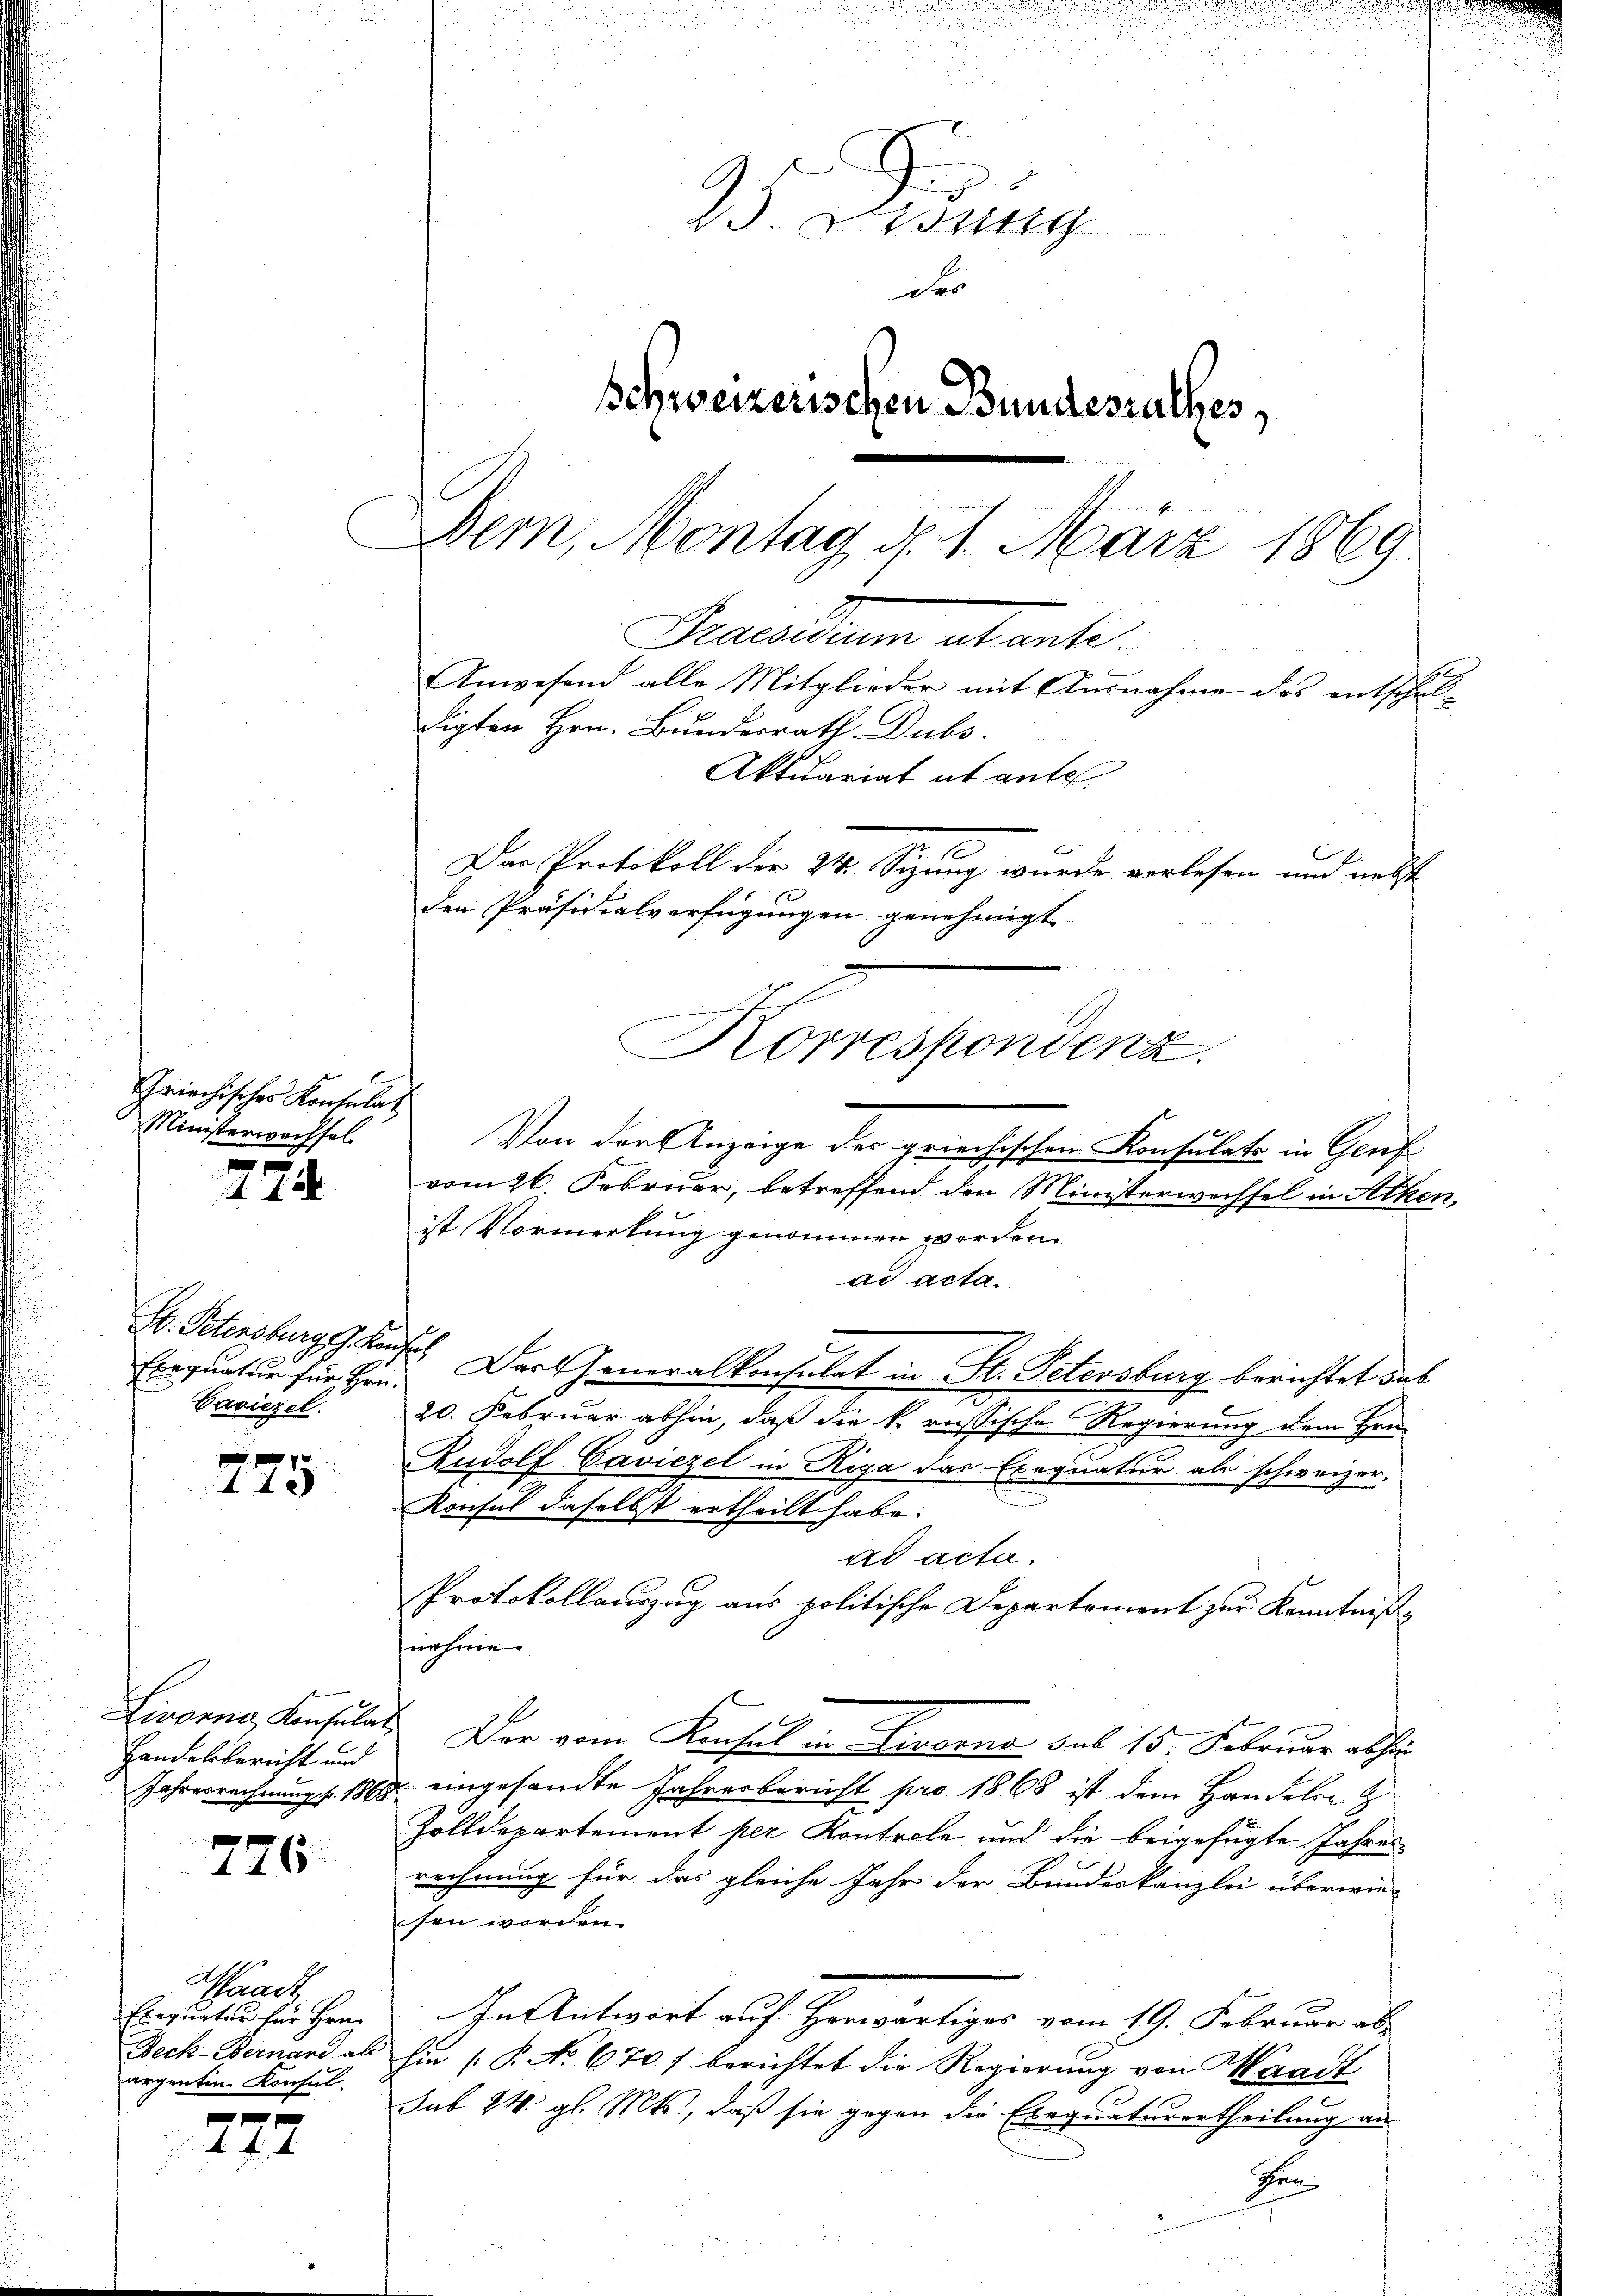
Griechisches Konsulat
Ministerwechsel

274

Exequatur für Hrn.
Caviezel.

445

Handelsbericht und

776.

Waadt
Exequaten für Hrn.
Deck-Bernard als
argentin Konsul

1 f 4

23. Bring
des
Schweizerischen Bundesrathes,
Bern, Montag d. 1. März 1869
Praesiduum abante
Anwesend alle Mitglieder mit Ausnahme des entschuldigten Hrn. Bundesrath Dubs.
Aktuariat et ante.
Der Protokoll der 24. Sizung wurde vorlesen und nebst
den Präsidialverfügungen genehmigt.
Korrespondenz

u

Von der Anzeige der griechischen Konsulat in Genf
vom 26. Februar, betreffend den Ministerwechsel in Athen,
ist Vormerkung genommen worden.
ad acta.
E. Petersburgs Konses Darf Generalkonsulat in St. Petersburg berichtet das
20. Februar abhin, daß die k. russische Regierung dem Hrn.
Rudolf Caviezel in Riga das Exequatur als schweizer.
Konsul daselbst ertheilt habe.
ad acta.
Protokollauszug aus politische Departement zur Kenntnißnahme
Livorne Konsulat Der vom Konsul in Livorno sub 15. Februar abhin
Jahresrechnung f. 1868 eingesandte Jahresbericht pro 1868 ist dem Handeln z
Zolldepartement per Kontrole und die beigefügte Jahres-
rechnung für das gleiche Jahr der Bundeskanzlei überwie-
sen worden.
In Antwort auf Herwärtiges vom 19. Februar ab-
hin (P No 670 / berichtet die Regierung von Waadt
sub 24. gl. Mts., daß sie gegen die Exequaturertheilung an
Gen